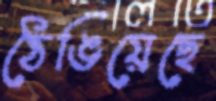
ঠেঙিয়েছে